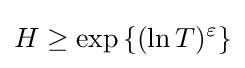
H\geq \exp {\{(\ln T)^{\varepsilon }\}}